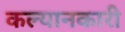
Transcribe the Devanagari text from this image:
कल्यानकारी